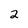
Character: 2